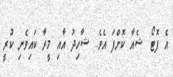
އެ ފޮޓޯ ޝެއާ ކޮށްފަ އެވެ. ޝާހިދު އާއި މީރާ ކައިވެނި ކުރީ